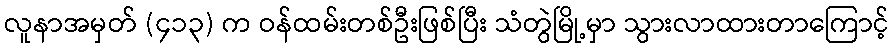
လူနာအမှတ် (၄၁၃) က ဝန်ထမ်းတစ်ဦးဖြစ်ပြီး သံတွဲမြို့မှာ သွားလာထားတာကြောင့်